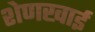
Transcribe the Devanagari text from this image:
शेणखाई